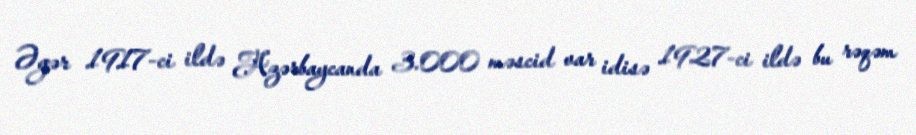
Əgər 1917-ci ildə Azərbaycanda 3.000 məscid var idisə 1927-ci ildə bu rəqəm